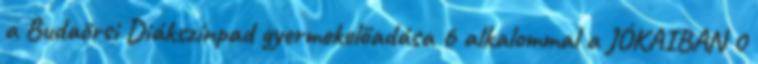
a Budaörsi Diákszínpad gyermekelőadása 6 alkalommal a JÓKAIBAN 0